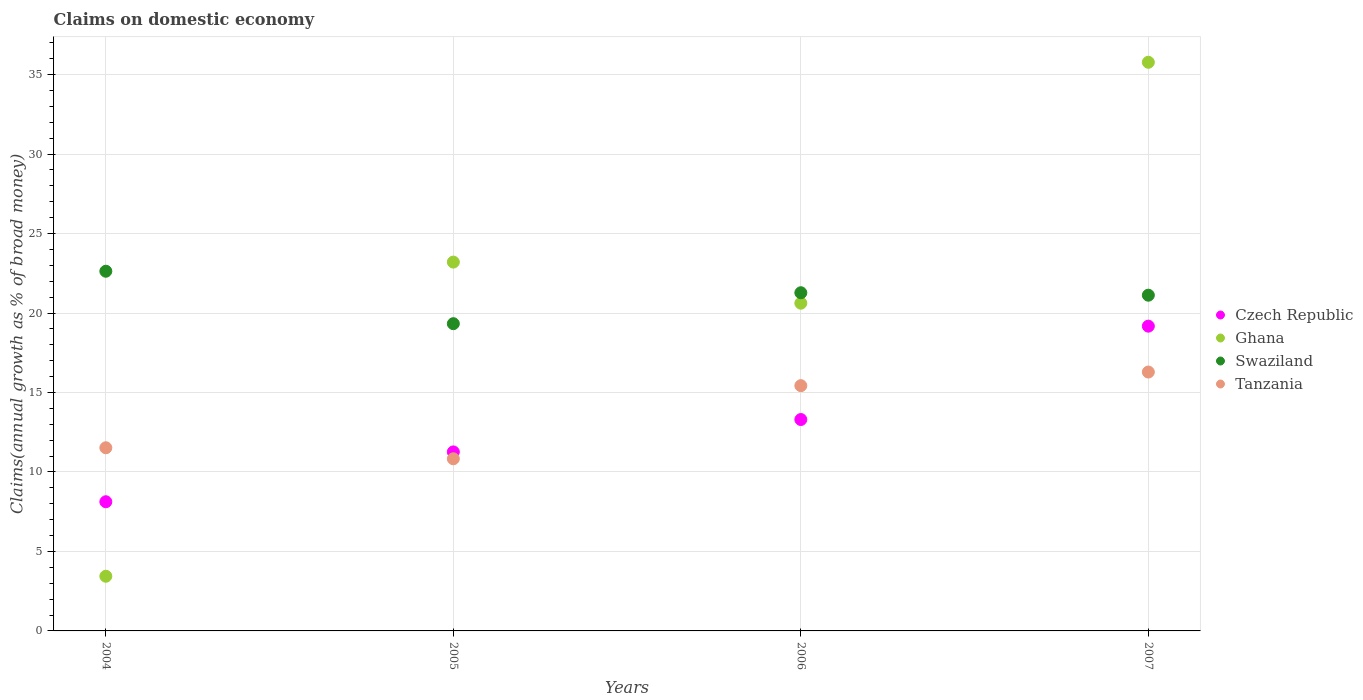
| Years | Czech Republic | Ghana | Swaziland | Tanzania |
 | --- | --- | --- | --- | --- |
 | 2004 | 8.13 | 3.44 | 22.6 | 11.5 |
 | 2005 | 11.3 | 23.2 | 19.3 | 10.8 |
 | 2006 | 13.3 | 20.6 | 21.3 | 15.4 |
 | 2007 | 19.2 | 35.8 | 21.1 | 16.3 |